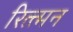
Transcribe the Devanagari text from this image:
रित्त्मन